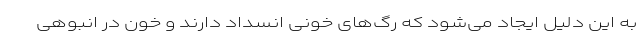
به این دلیل ایجاد می‌شود که رگ‌های خونی انسداد دارند و خون در انبوهی